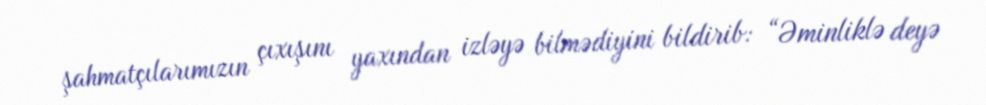
şahmatçılarımızın çıxışını yaxından izləyə bilmədiyini bildirib: “Əminliklə deyə